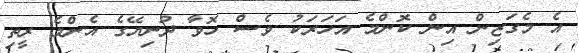
އެ މެގަޒިން އިން ކޮންމެ އަހަރަކު ވެސް ހޮވާ ދުނިޔޭގެ އެންމެ ރީތި